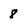
Character: 8